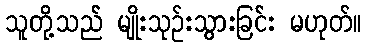
သူတို့သည် မျိုးသုဉ်းသွားခြင်း မဟုတ်။